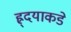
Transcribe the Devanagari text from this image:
ह्र्दयाकडे